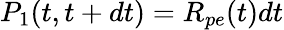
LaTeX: P_{1}(t,t+dt)=R_{pe}(t)dt